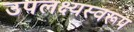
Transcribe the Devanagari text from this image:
उपलक्ष्यस्वरूप